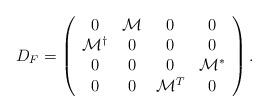
LaTeX: \begin{align*}D_{F} = \left( \begin{array} {cccc}0 & {\cal M} & 0 & 0 \\{\cal M}^{\dag} & 0 & 0 & 0\\0 & 0 & 0 & {\cal M^*} \\0 & 0 & {\cal M}^{T} & 0 \end{array} \right). \\\end{align*}